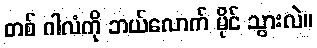
တစ် ဂါလံကို ဘယ်လောက် မိုင် သွားလဲ။